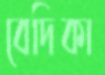
বেদিকা